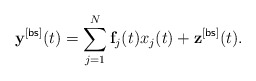
\begin{align*} \mathbf{y}^{[\sf bs]}(t)=\sum_{j=1}^{N}\mathbf{f}_j(t)x_j(t)+\mathbf{z}^{[\sf bs]}(t).\end{align*}